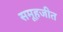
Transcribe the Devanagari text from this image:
समूहजीत